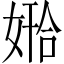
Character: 𫱅